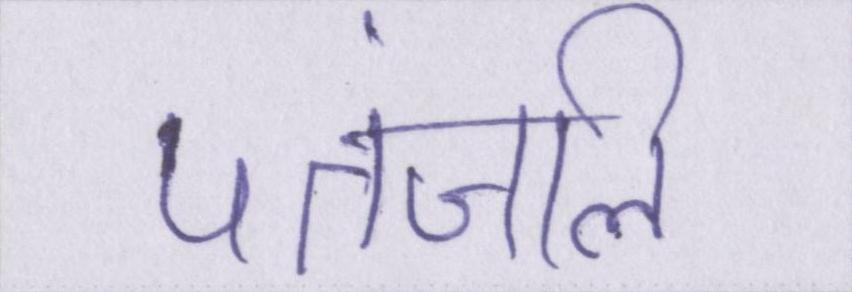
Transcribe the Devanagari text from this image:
पतंजलि